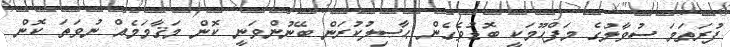
ފުރަތަމަ ސުވާލުގެ މަފްޙޫމަކީ ބޮޑުވެގެން ޙާޞިލުކުރަން ބޭނުންވަނީ ކޮން މަޤާމަމެއް ނުވަތަ ކޮން